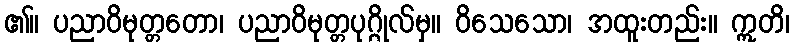
၏။ ပညာဝိမုတ္တတော၊ ပညာဝိမုတ္တပုဂ္ဂိုလ်မှ။ ဝိသေသော၊ အထူးတည်း။ ဣတိ၊